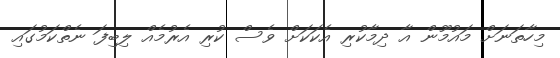
މިހާތަނަށް މައުމޫން އާ ދިމާކުރި އެކަކަށް ވެސް ކުރި އެރުމެއް ލިބިފަ ނެތްކަމުގައި